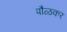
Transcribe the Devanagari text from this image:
पौळकर